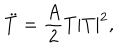
\ddot { T } = \frac { A } { 2 } T | T | ^ { 2 } ,